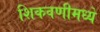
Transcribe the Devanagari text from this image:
शिकवणीमध्ये